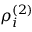
\rho _ { i } ^ { ( 2 ) }